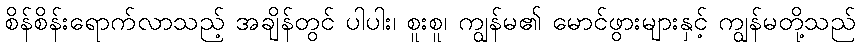
စိန်စိန်းရောက်လာသည့် အချိန်တွင် ပါပါး၊ စူးစူ၊ ကျွန်မ၏ မောင်ဖွားများနှင့် ကျွန်မတို့သည်